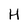
Character: H